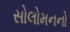
સોલોમનનો